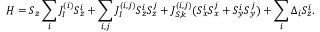
H = S _ { z } \sum _ { i } J _ { I } ^ { ( i ) } S _ { z } ^ { i } + \sum _ { i , j } J _ { I } ^ { ( i , j ) } S _ { z } ^ { i } S _ { z } ^ { j } + J _ { S , k } ^ { ( i , j ) } ( S _ { x } ^ { i } S _ { x } ^ { j } + S _ { y } ^ { i } S _ { y } ^ { j } ) + \sum _ { i } \Delta _ { i } S _ { z } ^ { i } .